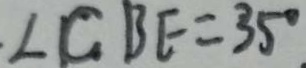
. \angle C B E = 3 5 ^ { \circ } .